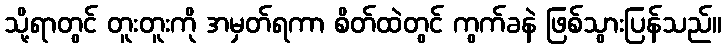
သို့ရာတွင် တူးတူးကို အမှတ်ရကာ စိတ်ထဲတွင် ကွက်ခနဲ ဖြစ်သွားပြန်သည်။